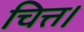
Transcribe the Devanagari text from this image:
चित्त।